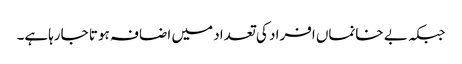
جبکہ بے خانماں افراد کی تعداد میں اضافہ ہوتا جارہاہے۔